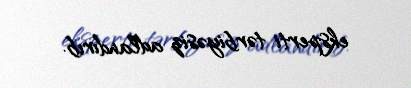
eksperti tərbiyəsiz adlandırıb.